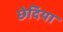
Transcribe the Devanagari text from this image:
छेदिया